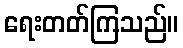
ရေးတတ်ကြသည်။